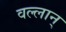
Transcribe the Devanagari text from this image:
वल्लान्